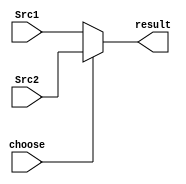
module Mux5b(
    input [4:0]Src1,//0
    input [4:0]Src2,//1
    input choose,
    output [4:0]result
);

assign result = choose? Src2:Src1;

endmodule